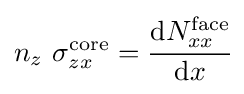
n_{z}~\sigma _{zx}^{\mathrm {core} }={\cfrac {\mathrm {d} N_{xx}^{\mathrm {face} }}{\mathrm {d} x}}